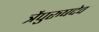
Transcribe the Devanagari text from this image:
त्रैपुरुषदेव